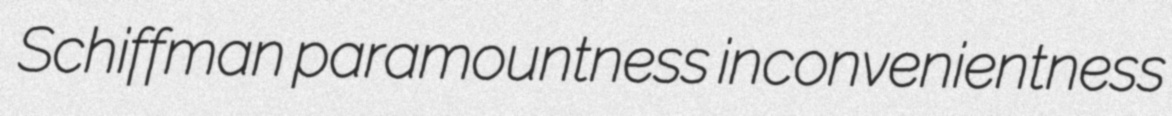
Schiffman paramountness inconvenientness